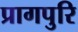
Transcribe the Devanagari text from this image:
प्रागपुरि